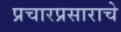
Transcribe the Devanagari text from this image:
प्रचारप्रसाराचे